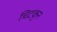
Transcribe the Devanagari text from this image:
चिटकुन